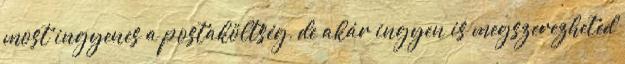
most ingyenes a postaköltség, de akár ingyen is megszerezheted